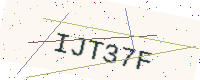
Text: IJT37F